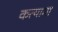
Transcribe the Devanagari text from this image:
कत्यामा